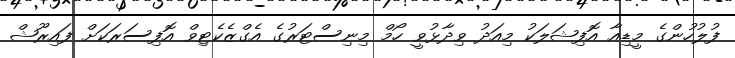
ފުލުހުންގެ މީޑިއާ އޮފިޝަލަކު މިއަދު ވިދާޅުވީ ހޯމް މިނިސްޓަރުގެ އެގްޒެކެޓިވް އޮފިސަރަކަށް ފައިރޫޝް